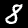
Label: 8